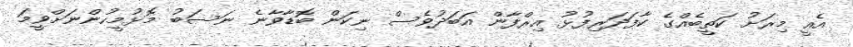
އެއީ މިރަށު ކަތީބެއްގެ ކާފަދަރިފުޅު އިރްފާން އަބަދުވެސް ނިކަން ބޮޑާވާނެ ނަސަބު މޮޅުމީހުންނަށްވީމަ